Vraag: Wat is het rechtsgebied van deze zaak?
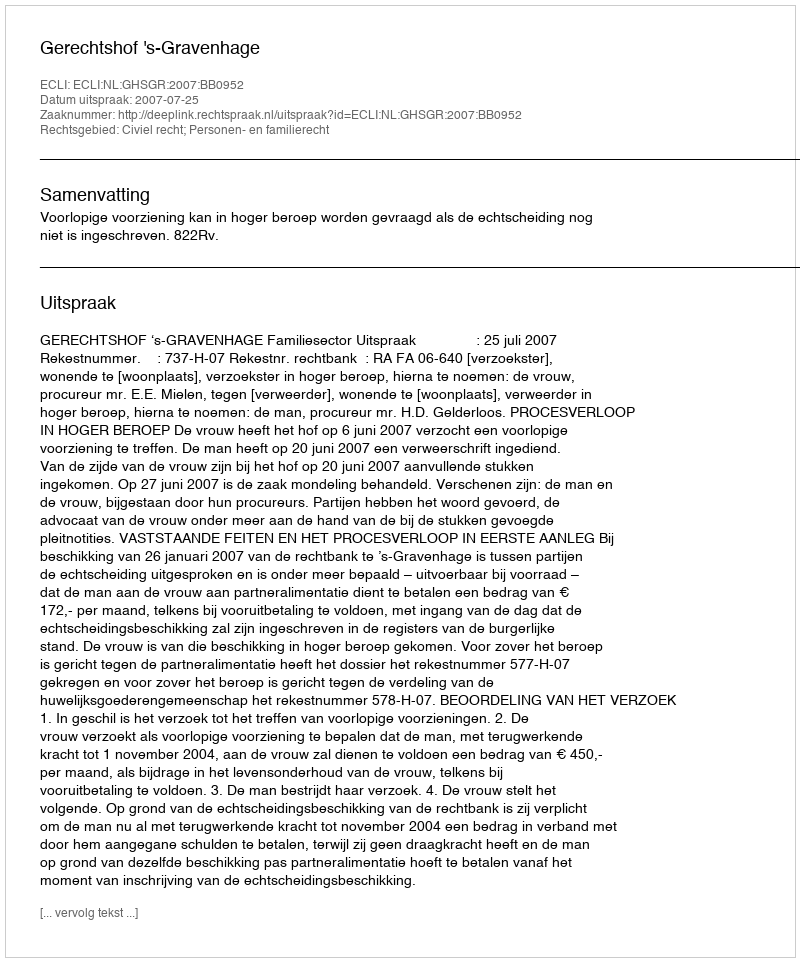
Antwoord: Civiel recht; Personen- en familierecht